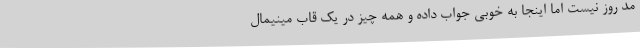
مد روز نیست اما اینجا به خوبی جواب داده و همه چیز در یک قاب مینیمال